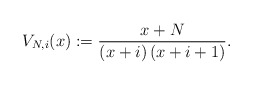
\begin{align*}V_{N,i}(x) := \frac{x+N}{(x+i)\,(x+i+1)}. \end{align*}